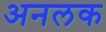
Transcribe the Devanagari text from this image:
अनलक